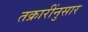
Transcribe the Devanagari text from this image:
तक्रारींनुसार